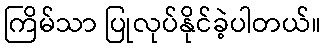
ကြိမ်သာ ပြုလုပ်နိုင်ခဲ့ပါတယ်။